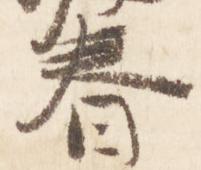
春